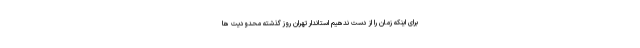
برای اینکه زمان را از دست ندهیم استاندار تهران روز گذشته محدودیت ها